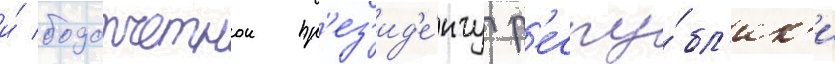
и́ подотчетнои пр'ез'ид'е́нту р'еспу́бл'ик'и